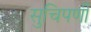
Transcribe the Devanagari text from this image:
सुचिपर्णी